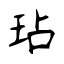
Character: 玷